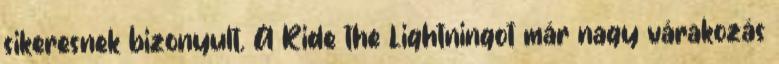
sikeresnek bizonyult. A Ride the Lightningot már nagy várakozás